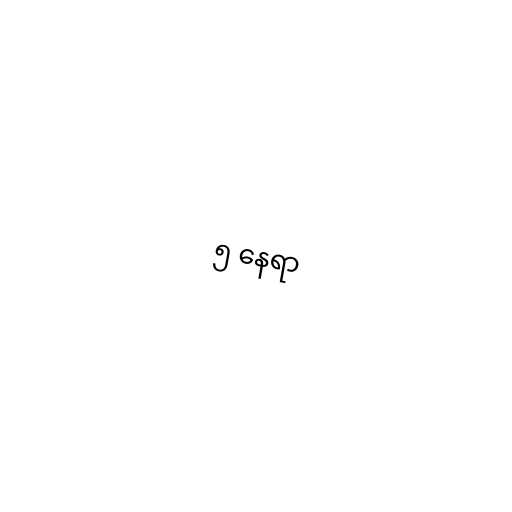
၅ နေရာ